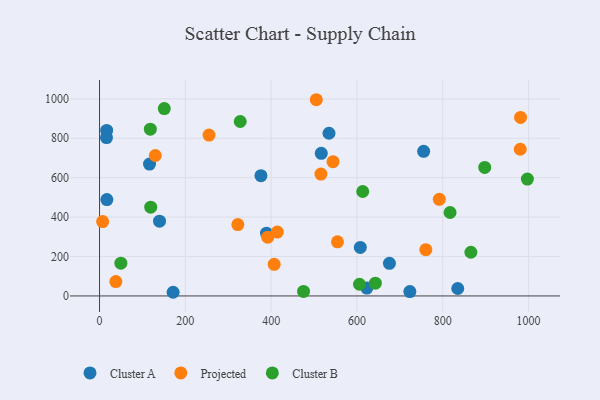
{"axis": {"x": "Distance", "y": "Salary"}, "legend": ["Cluster A", "Cluster B", "Projected"], "data": [{"x": "534.8", "y": 825.5, "type": "Cluster A"}, {"x": "116.5", "y": 669.1, "type": "Cluster A"}, {"x": "16.6", "y": 840.0, "type": "Cluster A"}, {"x": "723.3", "y": 22.2, "type": "Cluster A"}, {"x": "755.4", "y": 733.8, "type": "Cluster A"}, {"x": "16.2", "y": 803.4, "type": "Cluster A"}, {"x": "17.1", "y": 489.0, "type": "Cluster A"}, {"x": "389.2", "y": 318.3, "type": "Cluster A"}, {"x": "516.8", "y": 723.7, "type": "Cluster A"}, {"x": "834.9", "y": 37.7, "type": "Cluster A"}, {"x": "623.0", "y": 39.9, "type": "Cluster A"}, {"x": "607.8", "y": 246.3, "type": "Cluster A"}, {"x": "675.7", "y": 165.3, "type": "Cluster A"}, {"x": "171.5", "y": 18.6, "type": "Cluster A"}, {"x": "376.2", "y": 610.4, "type": "Cluster A"}, {"x": "139.8", "y": 379.6, "type": "Cluster A"}, {"x": "791.9", "y": 490.5, "type": "Projected"}, {"x": "392.0", "y": 298.3, "type": "Projected"}, {"x": "130.0", "y": 712.6, "type": "Projected"}, {"x": "407.0", "y": 160.3, "type": "Projected"}, {"x": "414.4", "y": 324.0, "type": "Projected"}, {"x": "255.2", "y": 816.1, "type": "Projected"}, {"x": "980.6", "y": 744.4, "type": "Projected"}, {"x": "544.2", "y": 681.2, "type": "Projected"}, {"x": "760.5", "y": 234.7, "type": "Projected"}, {"x": "38.0", "y": 72.7, "type": "Projected"}, {"x": "554.6", "y": 274.6, "type": "Projected"}, {"x": "7.2", "y": 377.5, "type": "Projected"}, {"x": "322.3", "y": 361.9, "type": "Projected"}, {"x": "981.3", "y": 906.1, "type": "Projected"}, {"x": "516.0", "y": 618.3, "type": "Projected"}, {"x": "505.2", "y": 995.7, "type": "Projected"}, {"x": "49.7", "y": 166.2, "type": "Cluster B"}, {"x": "475.5", "y": 22.7, "type": "Cluster B"}, {"x": "613.4", "y": 530.0, "type": "Cluster B"}, {"x": "997.2", "y": 592.9, "type": "Cluster B"}, {"x": "897.8", "y": 652.3, "type": "Cluster B"}, {"x": "118.4", "y": 846.5, "type": "Cluster B"}, {"x": "642.9", "y": 64.9, "type": "Cluster B"}, {"x": "119.3", "y": 450.3, "type": "Cluster B"}, {"x": "150.9", "y": 950.9, "type": "Cluster B"}, {"x": "817.0", "y": 423.4, "type": "Cluster B"}, {"x": "327.9", "y": 885.1, "type": "Cluster B"}, {"x": "865.5", "y": 221.8, "type": "Cluster B"}, {"x": "605.9", "y": 59.2, "type": "Cluster B"}]}